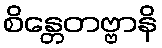
စိန္တေတဗ္ဗာနိ